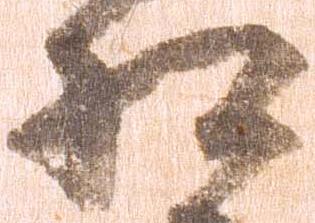
相